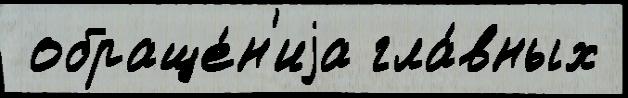
 обраще́н'иjа гла́вных